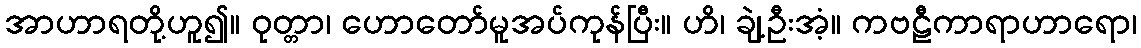
အာဟာရတို့ဟူ၍။ ဝုတ္တာ၊ ဟောတော်မူအပ်ကုန်ပြီး။ ဟိ၊ ချဲ့ဦးအံ့။ ကဗဠီကာရာဟာရော၊